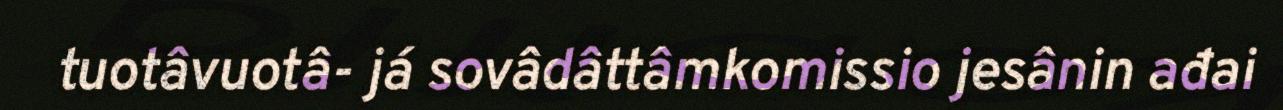
tuotâvuotâ- já sovâdâttâmkomissio jesânin ađai